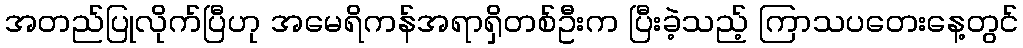
အတည်ပြုလိုက်ပြီဟု အမေရိကန်အရာရှိတစ်ဦးက ပြီးခဲ့သည့် ကြာသပတေးနေ့တွင်